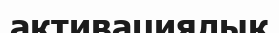
активациялық